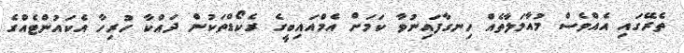
ތެރޭގައި އެއްވެސް މުއާމަލާތެއް ހިނގާފައިނުވާ ކަމަށް އެމްއައިބީގެ ރެކޯޑްތަކުން ދައްކާ ހުރިހާ އެކައުންޓެއްގެ